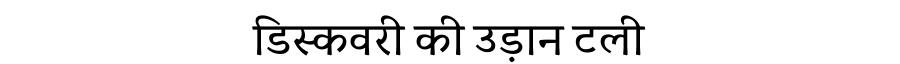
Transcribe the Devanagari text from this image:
डिस्कवरी की उड़ान टली